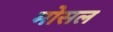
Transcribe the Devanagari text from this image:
मोसल